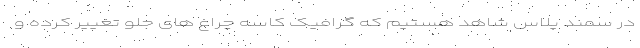
در سمند پلاس شاهد هستیم که گرافیک کاسه چراغ های جلو تغییر کرده و